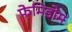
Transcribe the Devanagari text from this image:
फेमिडोम